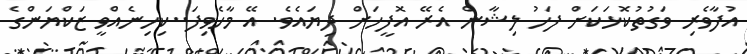
އުފާވެރި ވަގުތުކޮޅަކަށް ފަހު ލިޝާން އެރޭ އޮފީހަށް ދިޔައެވެ. އޭ މާހެވިފަ..ކިހިނެއްވީ ޒަކްޔަންގެ